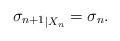
LaTeX: \begin{align*} {\sigma_{n+1}}_{|X_n}=\sigma_n. \end{align*}